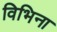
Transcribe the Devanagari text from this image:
विभिना